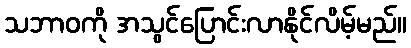
သဘာဝကို အသွင်ပြောင်းလာနိုင်လိမ့်မည်။